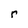
Character: r